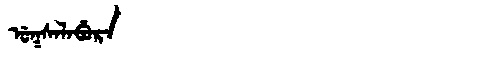
Manchu: ᡠᡴᠰᠠᠯᠠᠪᡠᡵᠠ
Romanization: UKSALABURA